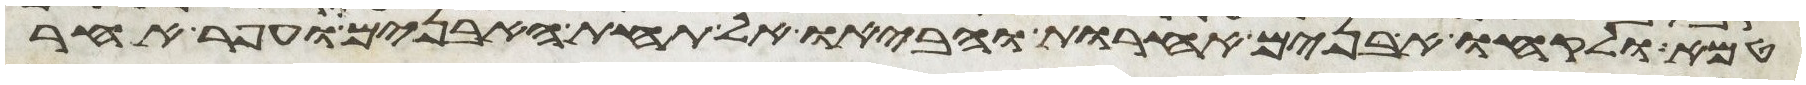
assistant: טמא ולקחו אבנים אחרות והביאו אל תחת האבנים ועפר אחר